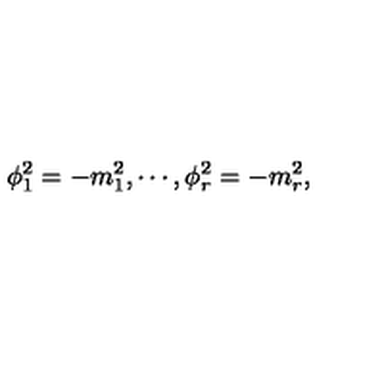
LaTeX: \phi _ { 1 } ^ { 2 } = - m _ { 1 } ^ { 2 } , \cdots , \phi _ { r } ^ { 2 } = - m _ { r } ^ { 2 } ,